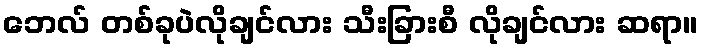
ဘေလ် တစ်ခုပဲလိုချင်လား သီးခြားစီ လိုချင်လား ဆရာ။